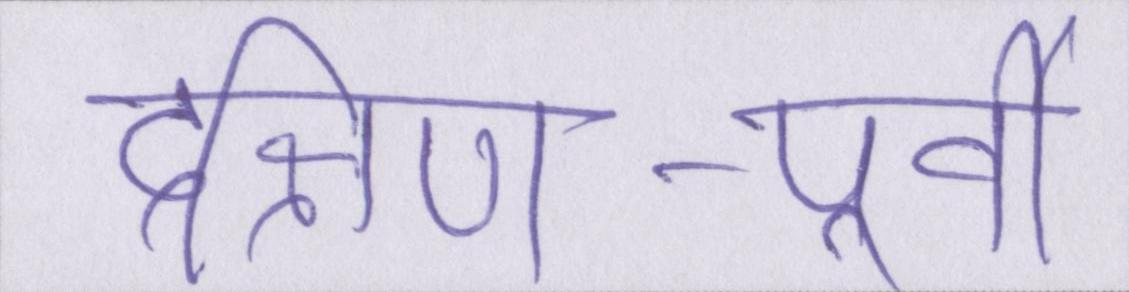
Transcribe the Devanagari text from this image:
दक्षिण-पूर्वी